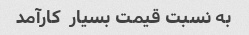
به نسبت قیمت بسیار  کارآمد